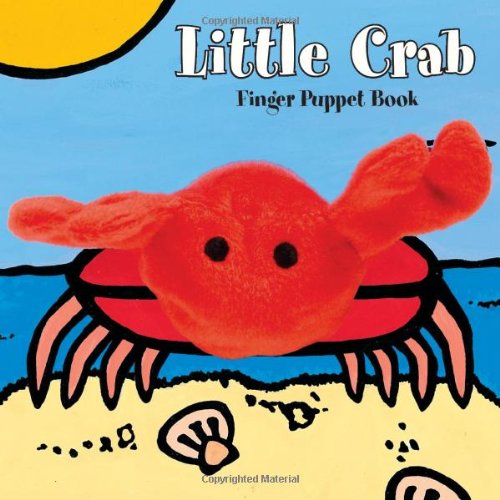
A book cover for Little Crab: Finger Puppet Book (Little Finger Puppet Board Books); ImageBooks; Children's Books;